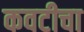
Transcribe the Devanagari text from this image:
कवटीचा